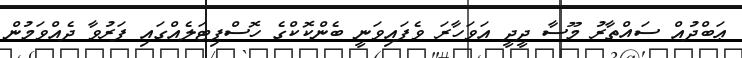
ޢަބްދުއް ސައްތާރު މޫސާ ދީދީ އަވަހާރަ ވެފައިވަނީ ބެންކޮކްގެ ހޮސްޕިޓަލެއްގައި ފަރުވާ ދެއްވަމުން